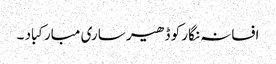
افسانہ نگار کو ڈھیر ساری مبارکباد ۔